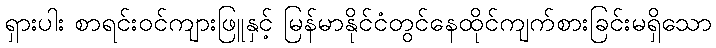
ရှားပါး စာရင်းဝင်ကျားဖြူနှင့် မြန်မာနိုင်ငံတွင်နေထိုင်ကျက်စားခြင်းမရှိသော